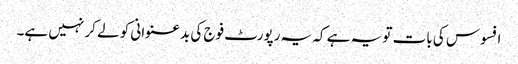
افسوس کی بات تو یہ ہے کہ یہ رپورٹ فوج کی بدعنوانی کو لے کر نہیں ہے۔